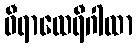
ဝီရာထေရီဂါထာ